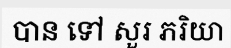
បាន ទៅ សួរ ភរិយា